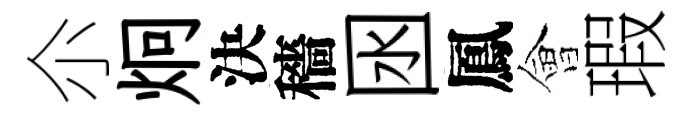
尒炯決穡囦鳳會瑕